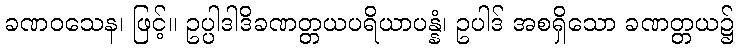
ခဏဝသေန၊ ဖြင့်။ ဥပ္ပါဒါဒိခဏတ္တယပရိယာပန္နံ၊ ဥပါဒ် အစရှိသော ခဏတ္တယ၌